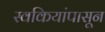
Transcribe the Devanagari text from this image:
स्वकियांपासून